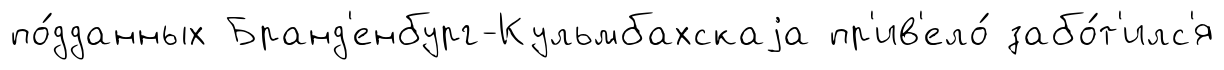
по́дданных Бранд'енбург-Кульмбахскаjа пр'ив'ело́ забо́т'илс'я